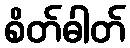
စိတ်ဓါတ်